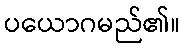
ပယောဂမည်၏။